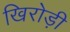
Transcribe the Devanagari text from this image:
खिरोड़ी